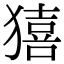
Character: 𤢀